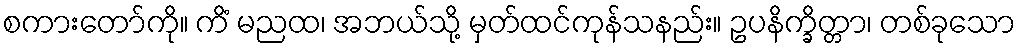
စကားတော်ကို။ ကိံ မညထ၊ အဘယ်သို့ မှတ်ထင်ကုန်သနည်း။ ဥပနိက္ခိတ္တာ၊ တစ်ခုသော